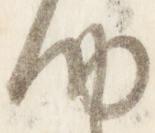
納